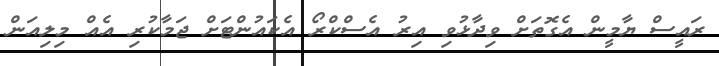
ރައީސް ޔާމީން އެގޮތަށް ވިދާޅުވި އިރު އެސްކްރޯ އެކައުންޓަށް ޖަމާކުރި އެއް މިލިއަން